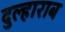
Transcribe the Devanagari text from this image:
दुल्हाराब